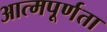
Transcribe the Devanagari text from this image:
आत्मपूर्णता